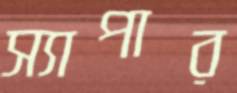
স্যাপার